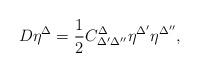
LaTeX: \begin{align*}D\eta ^{\Delta }=\frac{1}{2}C_{\Delta ^{\prime }\Delta ^{\prime \prime}}^{\Delta }\eta ^{\Delta ^{\prime }}\eta ^{\Delta ^{\prime \prime }},\end{align*}